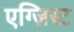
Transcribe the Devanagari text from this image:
एग्ज़िस्ट